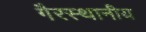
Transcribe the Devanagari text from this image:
गैरस्थानीय